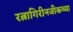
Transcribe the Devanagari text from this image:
रत्नागिरीनजीकच्या